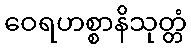
ဝေရဟစ္စာနိသုတ္တံ